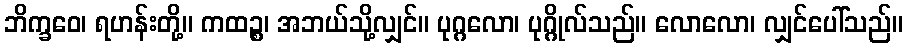
ဘိက္ခဝေ၊ ရဟန်းတို့။ ကထဉ္စ၊ အဘယ်သို့လျှင်။ ပုဂ္ဂလော၊ ပုဂ္ဂိုလ်သည်။ လောလော၊ လျှင်ပေါ်သည်။